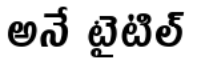
అనే టైటిల్